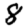
Digit: 8